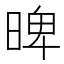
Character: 𣈢